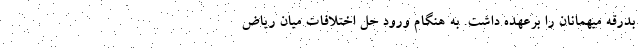
بدرقه میهمانان را برعهده داشت. به هنگام ورود حل اختلافات میان ریاض